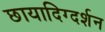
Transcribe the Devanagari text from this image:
छायादिग्दर्शन